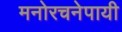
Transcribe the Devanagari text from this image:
मनोरचनेपायी